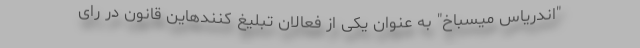
"اندریاس میسباخ" به عنوان یکی از فعالان تبلیغ کنندهاین قانون در رای